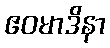
ဧဝမာဒိနာ